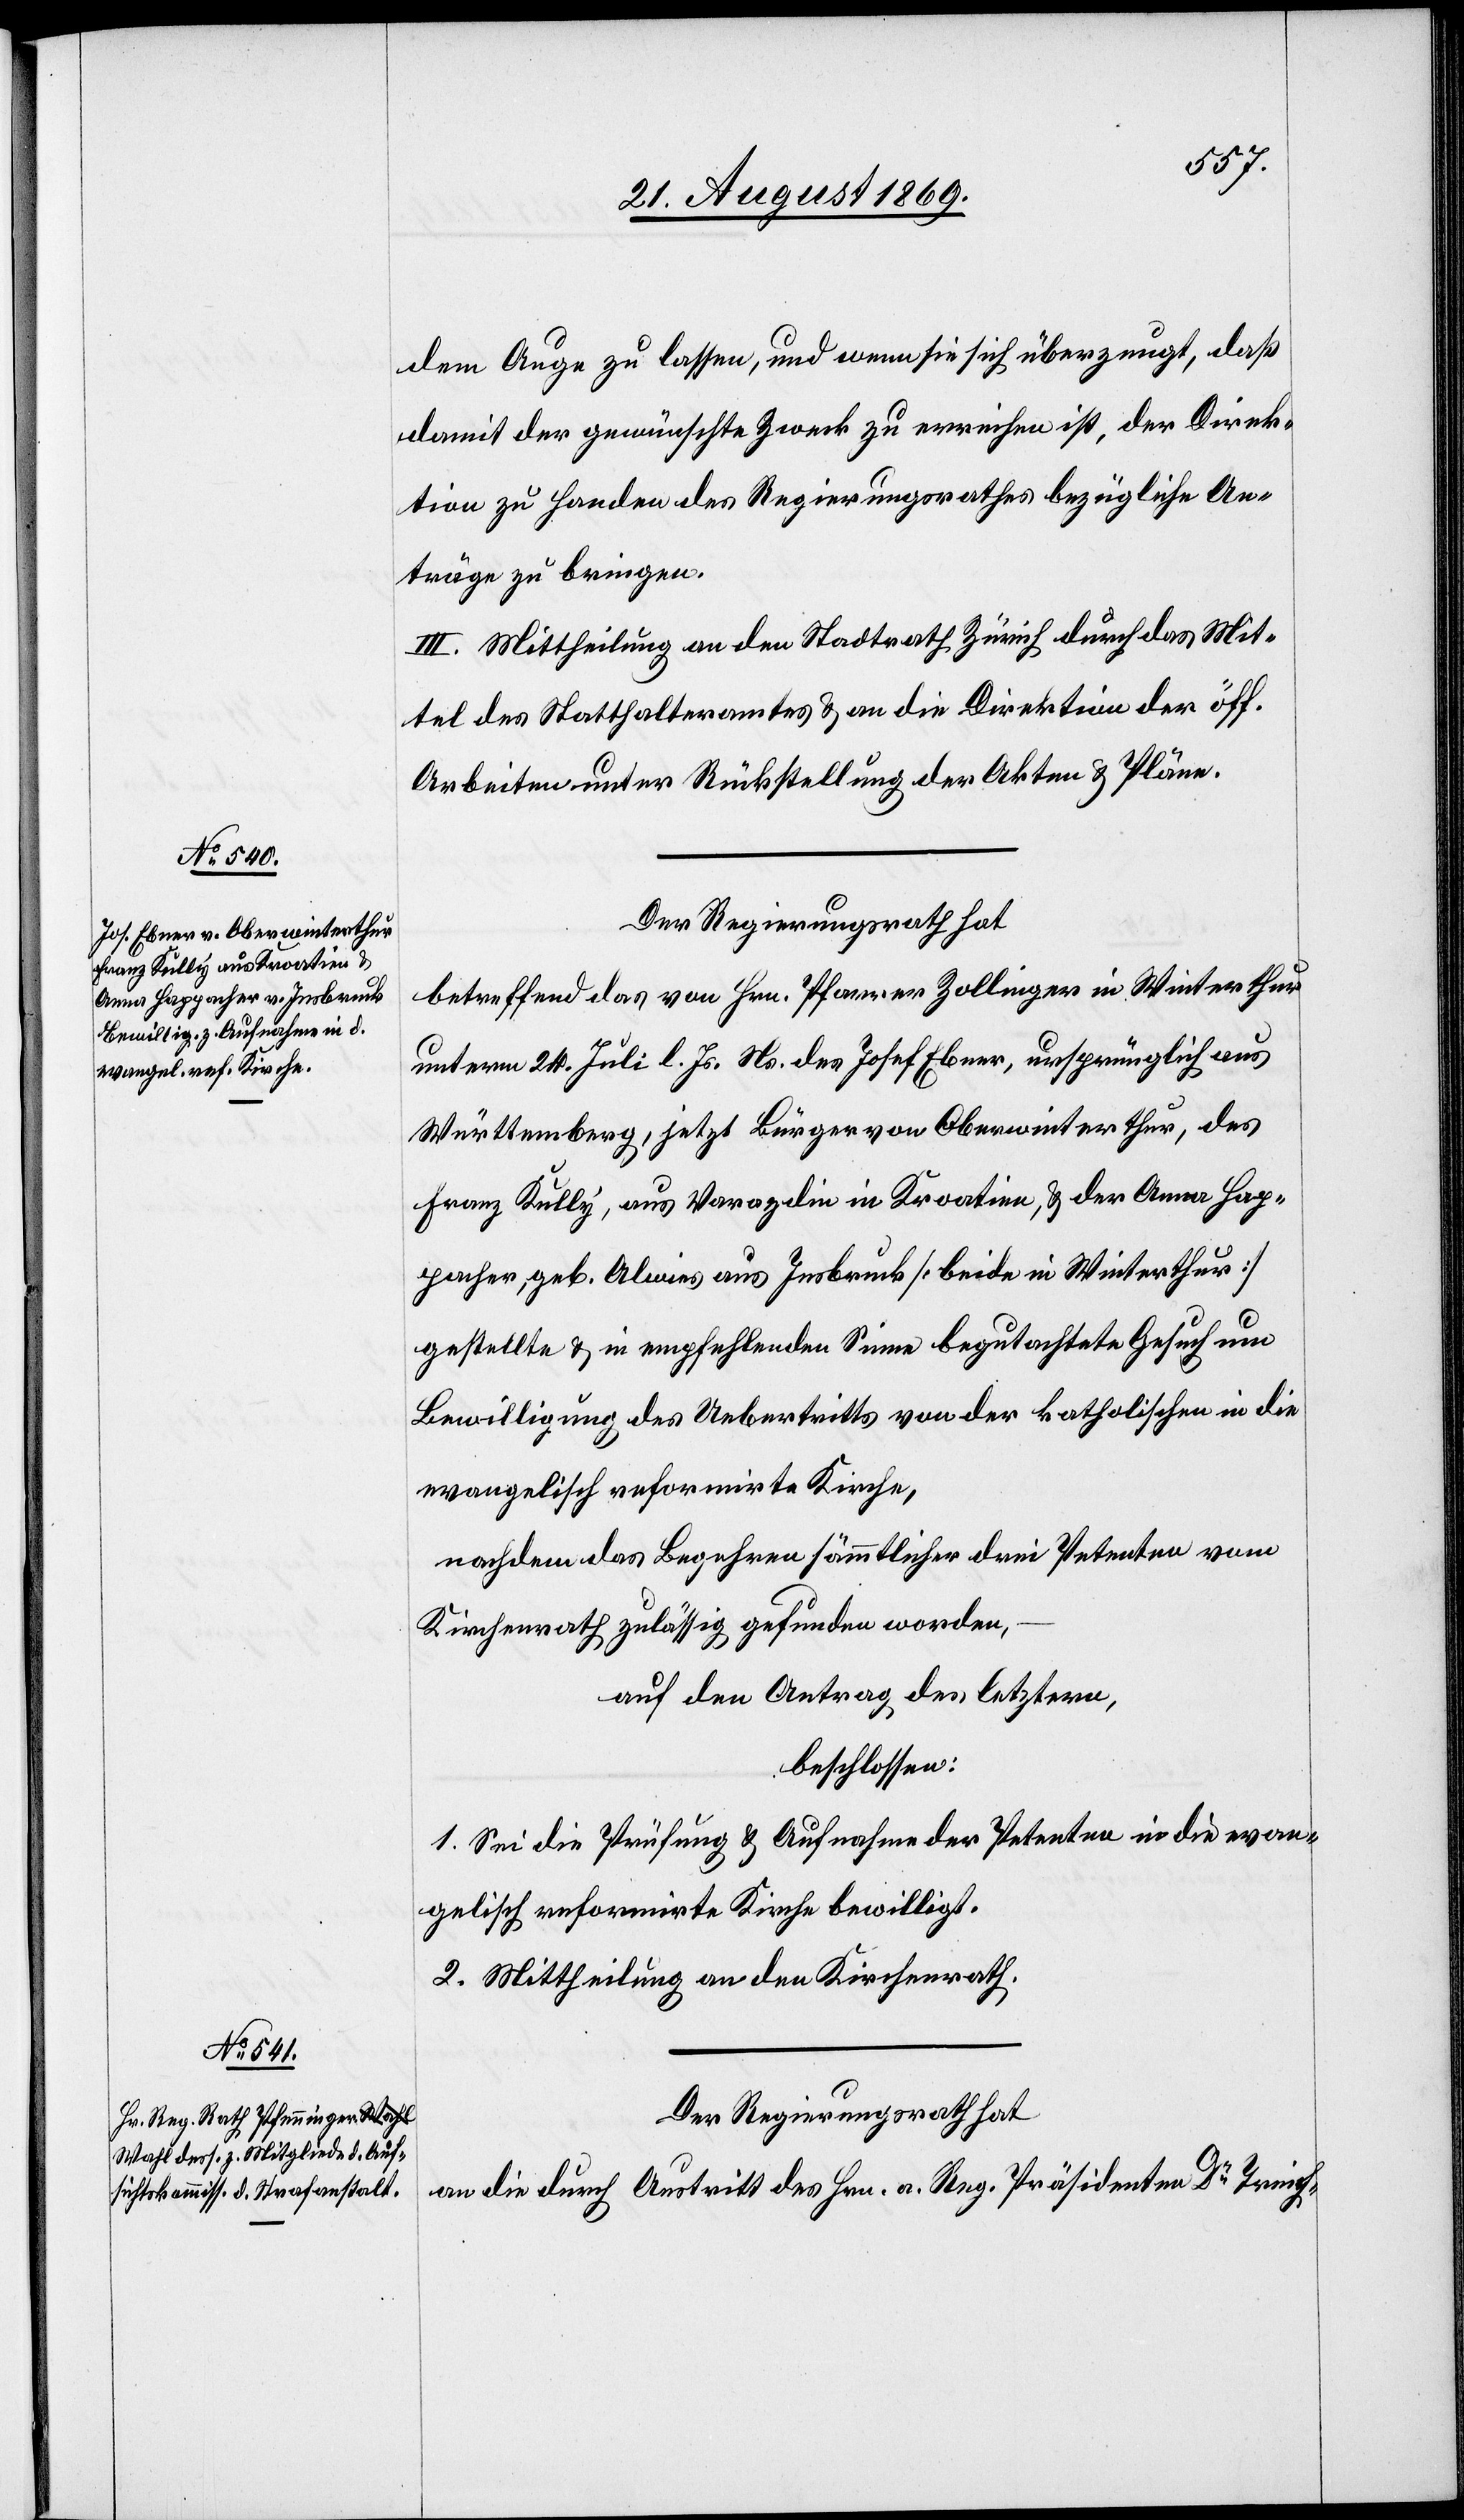
dem Auge zu lassen, und wenn sie sich überzeugt, daß
damit der gewünschte Zweck zu erreichen ist, der Direk¬
tion zu Handen des Regierungsrathes bezügliche An¬
träge zu bringen.
III. Mittheilung an den Stadtrath Zürich durch das Mit¬
tel des Statthalteramtes & an die Direktion der öff.
Arbeiten unter Rückstellung der Akten & Pläne.
Der Regierungsrath hat
betreffend das von Hrn. Pfarrer Zollinger in Winterthur
unterm 24. Juli l. Js. Ns. des Josef Ebner, ursprünglich aus
Württemberg, jetzt Bürger von Oberwinterthur, des
Franz Kully, aus Varazdin in Kroatien, & der Anna Hap¬
pacher, geb. Alwies aus Insbruck [beide in Winterthur]
gestellte & in empfehlenden [sic!] Sinne begutachtete Gesuch um
Bewilligung des Uebertritts von der katholischen in die
evangelisch reformirte Kirche,
nachdem das Begehren sämmtlicher drei Petenten vom
Kirchenrath zulässig gefunden worden,
auf den Antrag des letztern,
beschlossen:
1. Sei die Prüfung & Aufnahme der Petenten in die evan¬
gelisch reformirte Kirche bewilligt.
2. Mittheilung an den Kirchenrath.
Der Regierungsrath hat
an die durch Austritt des Hrn. a. Reg. Präsidenten Dr Treich-